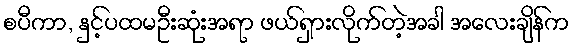
စပီကာ, နှင့်ပထမဦးဆုံးအရာ ဖယ်ရှားလိုက်တဲ့အခါ အလေးချိန်က